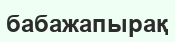
бабажапырақ